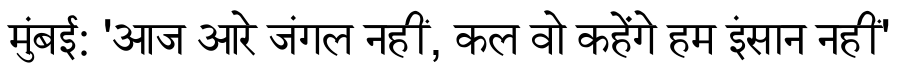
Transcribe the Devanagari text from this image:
मुंबई: 'आज आरे जंगल नहीं, कल वो कहेंगे हम इंसान नहीं'